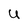
Character: U